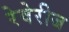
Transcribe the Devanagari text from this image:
रेवेरीज